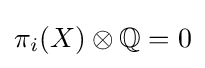
\pi _{i}(X)\otimes \mathbb {Q} =0